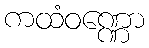
ကထံဝဏ္ဏော